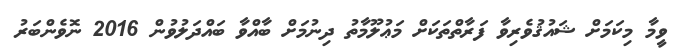
ވީމާ މިކަމަށް ޝައުޤުވެރިވާ ފަރާތްތަކަށް މަޢުލޫމާތު ދިނުމަށް ބާއްވާ ބައްދަލުވުން 2016 ނޮވެންބަރު